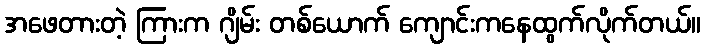
အဖေတားတဲ့ ကြားက ဂျိမ်း တစ်ယောက် ကျောင်းကနေထွက်လိုက်တယ်။